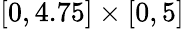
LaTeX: [0,4.75]\times[0,5]